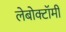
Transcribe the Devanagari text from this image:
लेबोक्टॉमी